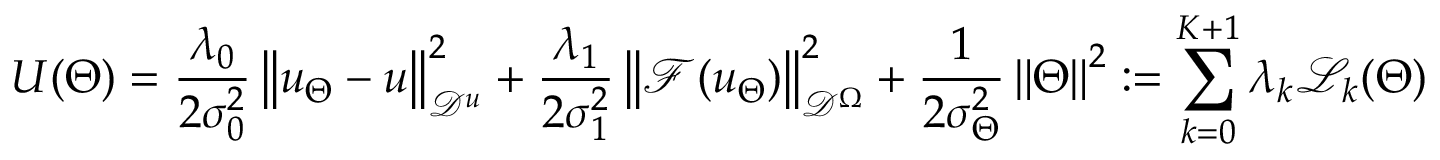
U ( \Theta ) = \frac { \lambda _ { 0 } } { 2 \sigma _ { 0 } ^ { 2 } } \left\| u _ { \Theta } - u \right\| _ { \mathcal { D } ^ { u } } ^ { 2 } + \frac { \lambda _ { 1 } } { 2 \sigma _ { 1 } ^ { 2 } } \left\| \mathcal { F } ( u _ { \Theta } ) \right\| _ { \mathcal { D } ^ { \Omega } } ^ { 2 } + \frac { 1 } { 2 \sigma _ { \Theta } ^ { 2 } } \left\| \Theta \right\| ^ { 2 } : = \sum _ { k = 0 } ^ { K + 1 } \lambda _ { k } \mathcal { L } _ { k } ( \Theta )